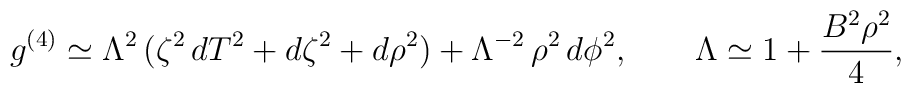
g^{(4)}\simeq \Lambda^2\,(  \zeta^2\,dT^2+d\zeta^2+d\rho^2)+\Lambda^{-2}\,\rho^2\,d\phi^2,\qquad \Lambda\simeq 1+\frac{B^2\rho^2}{4},